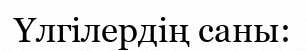
Үлгілердің саны: